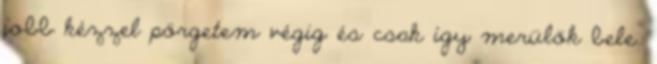
jobb kézzel pörgetem végig és csak így merülök bele.